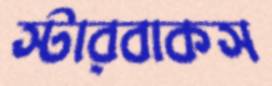
স্টারবাকস